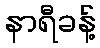
နာရီခန့်